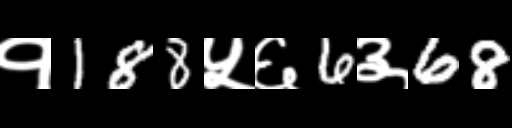
Text: १188५६6३68